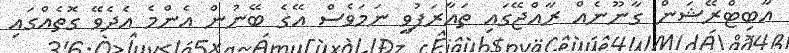
އާބިޓްރޭޝަން ގާނޫނެއް ރާއްޖޭގައި ތައާރަފުވީ ނަމަވެސް އޭގެ ބޭނުން އެންމެ އެދެވޭ ގޮތެއްގައި